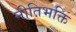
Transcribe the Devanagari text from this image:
नीतिभक्ति